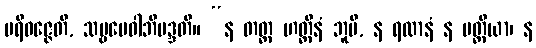
ပရိဝဇ္ဇေတိ, သဗ္ဗမေဝါဘိမဒ္ဒတိ။ “န တတ္ထ ဟတ္ထီနံ ဘူမိ, န ရထာနံ န ပတ္တိယာ၊ န